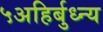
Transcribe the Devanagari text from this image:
५अहिर्बुध्न्य